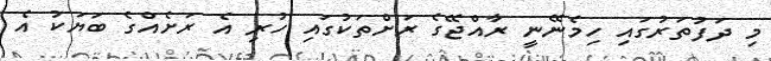
މި ދަފުތަރުގައި ހިމެނޭނީ ރާއްޖޭގެ ރަށްތަކުގައި ހުރި އެ ރަށެއްގެ ބަޔަކު އެ